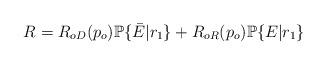
LaTeX: \begin{align*}R_{}&=R_{oD}(p_o) \mathbb{P}\{\bar{E}_{}|r_1\}+R_{oR}(p_o) \mathbb{P}\{E_{}|r_1\} &&\end{align*}